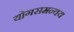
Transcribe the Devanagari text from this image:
योगसमन्वय